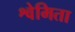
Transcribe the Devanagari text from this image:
श्वेमिता